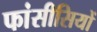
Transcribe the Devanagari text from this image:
फांसीसियों